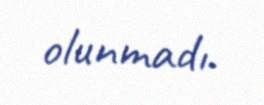
olunmadı.